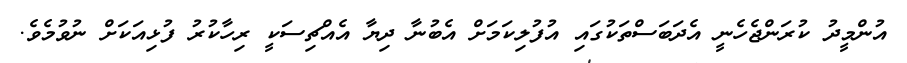
އުންމީދު ކުރަންޖެހެނީ އެދަބަސްތަކުގައި އުފުލިކަމަަށް އެބުނާ ދިޔާ އެއްޗިސަކީ ރިހާކުރު ފުޅިއަކަށް ނުވުމެވެ.